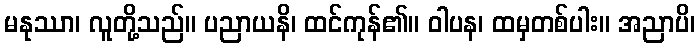
မနုဿာ၊ လူတို့သည်။ ပညာယနိ၊ ထင်ကုန်၏။ ဝါပန၊ ထမှတစ်ပါး။ အညာပိ၊